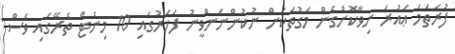
ފުރަތަމަ ޢައުރަ ނިވާކޮށްގެން މަގުތަކަށް ނުކުންނަންވީނު ފަހަރުގައި 10 މިނެޓް ތެރޭގައި ވެސް